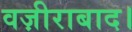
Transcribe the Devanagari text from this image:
वज़ीराबाद।